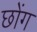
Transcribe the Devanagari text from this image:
छोंग